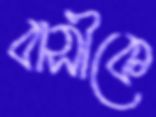
বাসীকে